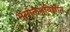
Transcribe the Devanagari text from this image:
भूगोलभूविज्ञान